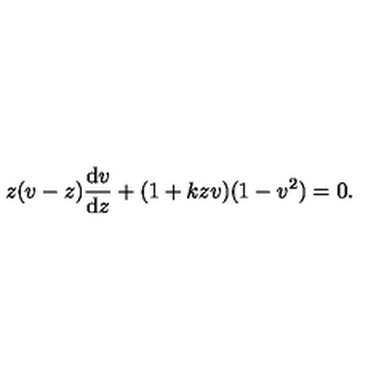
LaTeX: z ( v - z ) { \frac { \mathrm { d } v } { \mathrm { d } z } } + ( 1 + k z v ) ( 1 - v ^ { 2 } ) = 0 .